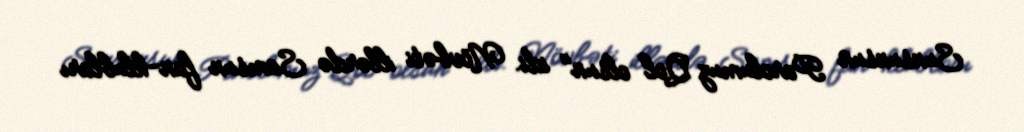
Sunsunsun Parolumuz Qol olsun" idi. Növbəti illərdə Samsun fan-klubları